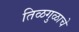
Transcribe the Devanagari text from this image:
तिळगुळाचे